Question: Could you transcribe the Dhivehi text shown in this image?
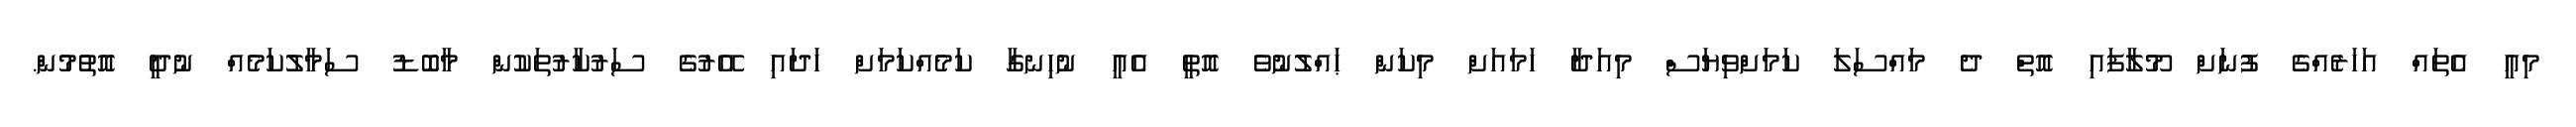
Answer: މިއީ އެތައް އަހަރެއްގެ ފުނަށް މޫލާފައި އޮތް ދެ މައްސަލަ ކަމަށްވިޔަސް މިއަދާ ހަމައަށް މިކަން ޙައްލުނުވެ އޮތީ އެއީ ނުހިނގާ ކަމެއްކަމަށް ހަދައި އޭރުގެ ސަރުކާރުތަކުން މާބޮޑު ސަމާލުކަމެއް ނުދީ އޮތުމުން.